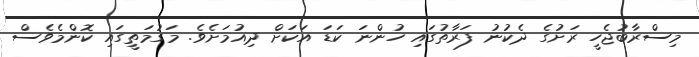
މިސްރާބުޖެހީ ރަށުގެ ދެކުނު ފަރާތުގައި ހުންނަ ކަޑަ އަކަށް ދިއުމަށެވެ. މަގުމަތީގައި ކޮންމެވެސް